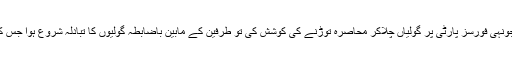
اطلاعات کے مطابق چھپے جنگجوئوں نے جونہی فورسز پارٹی پر گولیاں چلاکر محاصرہ توڑنے کی کوشش کی تو طرفین کے مابین باضابطہ گولیوں کا تبادلہ شروع ہوا جس کا سلسلہ دو جنگجوئوں کی ہلاکت پر رک گیا۔